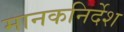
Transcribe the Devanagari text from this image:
मानकनिर्देश